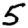
Digit: 5